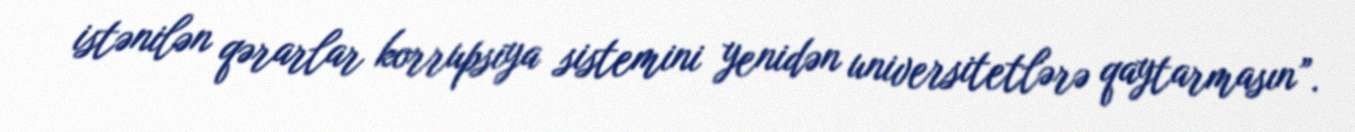
istənilən qərarlar korrupsiya sistemini yenidən universitetlərə qaytarmasın”.